King Institute of Preventive Medicine Micro-Biological Section reports 1912-19
Year: 1912
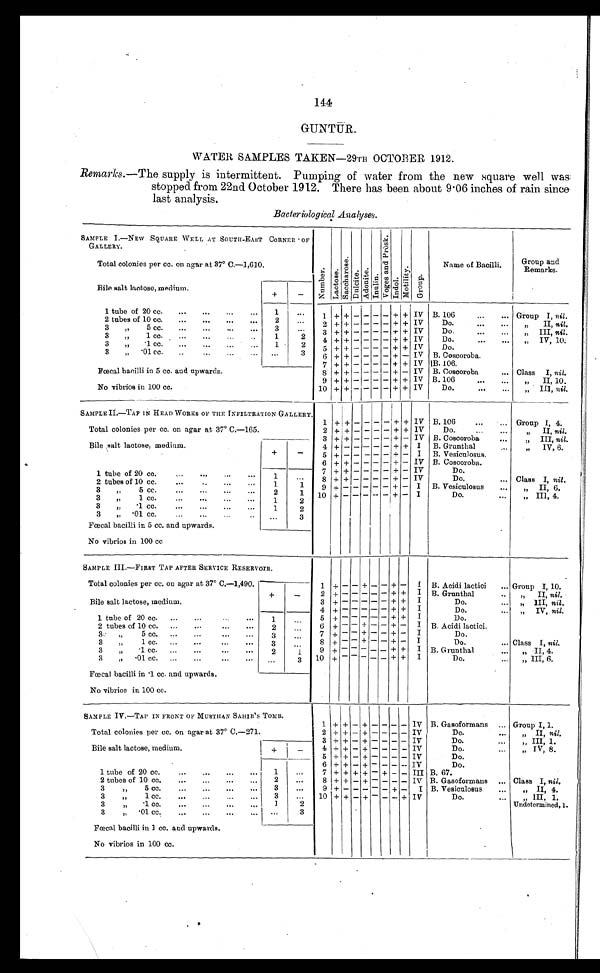
144
GUNTUR.
WATER SAMPLES TAKEN—29TH OCTOBER 1912.
Remarks .—The supply is intermittent. Pumping of water from the new square well was.
stopped from 22nd October 1912. There has been about 9.06 inches of rain since
last analysis.
Bacteriological Analyses.
SAMPLE I.—NEW SQUARE WELL AT SOUTH-EAST CORNER OF
GALLERY.
N u m b e r .
L a c t o s e .
S a c c h a r o s e .
D u l c i t e . A d o n i t e .
I nul i n.
V o g e s a n d P r o s k .
I ndol .
M o t i l i t y .
G r o u p .
Name of Bacilli.
Group and
Remarks.
Total colonies per cc. on agarat 7° 0.—1,610.
Bile salt lactose, medium
+
-
1 tube of 20 cc.
...
...
...
...
1
. . .
1 + + - - - - + + IV B. 106
...
. . . Group I, nil.
2 tubes of 10 cc.
...
...
...
. . .
2
. . . 2 + + - - - - + + IV
Do.
...
...
„ I I , n i l .
3
„
5 cc.
...
...
...
. . . 3
...
3
++ - - -
- + + IV
Do.
...
...
„ III, nil.
3
„
1 cc. ...
...
. . .
1
2
4 + + - - - - + + IV
Do.
...
...
„ IV, 10.
3
„
. 1 c c .
. . .
. . .
. . . 1
2
5 + + - - -
- + + IV
3
„ . 0 1 c c .
. . .
. . .
. . .
. . .
. . .
3
6 + + - - - - + - IV
B. Coscoroba
7 + + - - - - + + IV B.106.
Fœcal bacilli in 5 co. and upwards.
8 + + - - - - + - IV B. Coscoroba
... Class I, nil.
9 + + - --
- + +
IV B.106
„ I I 1 0
No vibrios in 100 cc.
10 + + - - - - + + IV
Do.
...
...
„ III, nil.
SAMPLE II—TAP IN HEAD WORKS OF THE INFILTRATION GALLERY.
Total colonies per cc. on agar at 37° C.—165.
1 +
+
- - - - + + IV B. 106
...
Group I, 4.
2 + + - - - - + + 1V
Do.
...
...
„ II, nit.
Bile salt lactose, medium.
+
-
3 +
+
- - - - + - IV B. Coscoroba
. . .
„ III, nil.
4 + - - - - - +
+ I B. Gruntlial
„ IV, 6.
5 + - - - - - + - I B. Vesiculosus.
6 + + - - - - + - IV B. Coscoroba.
7 + + - - -
- +
- IV
Do.
1 tube of 20 cc.
...
...
...
...
1
. . .
8 + + - - - - + - IV
Do.
... Class I, nil.
2 tubes of 10 cc.
...
..
...
...
1
1
9 + -
- - -
- + - I B. Vesiculosus
...
„ II, 6.
3 „
5 cc.
...
...
...
...
2
1
10 + - - - - - + - I
Do.
...
„ III, 4.
3 „ 1 cc. ... ... ...
1
2
3
„
.1 cc.
...
...
...
...
1
2
3
„ .01 cc.
...
...
. . .
3
Fœcal bacilli in 5 cc. and upwards.
No vibrios in 100 cc
SAMPLE III.—FIRST TAP AFTER SERVICE RESERVOIR.
Total colonies per cc. on agar at 37° C.—1,490.
1 + - - + - - + - I B. Acidi lactici
... Group I, 10.
2 + - - - - - + + I B. Grunthal
„ II, nil.
Bile salt lactose, medium.
+
- 3 + - - - - - + + I
Do.
... „ III, nil.
4
+ -
- - -
- + + I
Do.
... „ IV, nil.
1 tube of 20 cc. ...
...
..
...
1
. . . 5
+ - - - - - + + I
Do.
2 tubes of 10 cc. ...
.... ... ...
2
. . .
6
+ - - + - - + - I B. Acidi lactici.
3 „
5 cc. ...
...
...
...
3
. . .
7
+ -
- + -
- + - I
Do.
3
„
1 cc. ...
...
...
...
3
. . .
8
+ - - + - + - I
Do.
... Class I, nil.
3
„ .1 cc. ... ... ... ...
2
1
9
+ - - - - - + + I B. Grunthal
...
„ II, 4.
3
„ .01 cc. ... ... ... ..
. . .
3 10
+
- - - - - + + I
Do.
...
„ III, 6.
Fœcal bacilli in .1 cc. and upwards.
No vibrios in 100 cc.
SAMPLE IV.—TAP IN FRONT OF MUSTHAN SAHIB'S TOMB.
Total colonies per cc. on agar at 37° c.—271.
1 + + - + - - - - IV B. Gasoformans ... Group I, 1.
2 + + - + - - - - IV
Do.
...
„ II, nil.
Bile salt lactose, medium.
+
-
3 + + - + - - - - IV
Do.
...
„ III, 1.
4 + + - + - - - - IV
Do.
. . .
„ IV, 8.
5 + + - + - - - - IV
Do.
6 + + - + - - - - IV
Do.
1 tube of 20 cc.
...
...
...
...
1
. . .
7 + + + + - + - - III B. 67.
2 tubes of 10 cc.
...
...
...
...
2
. . .
8 + + - + - - - - IV B. Gasoformans ... Class I, nil.
3 „
5 cc.
..
...
...
. . .
3
. . .
9 +
+ - - - - + - I B. Vesiculosus
...
„ II, 4.
3
„ 1 c c .
. . .
. . .
. . .
3
...
10 + + - -
+
- - + IV
Do.
. . .
„ I I I , 1 .
3
„
1 cc.
...
...
...
. . .
1
2
Undetermined, 1.
3
„ . 0 1 c c .
. . .
. . .
. . .
. . .
. . .
3
Fcecal bacilli in 1 cc. and upwards.
No vibrios in 100 cc.